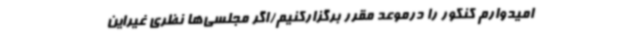
امیدوارم کنکور را درموعد مقرر برگزارکنیم/اگر مجلسی‌ها نظری غیراین